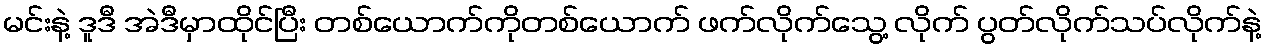
မင်းနဲ့ ဒူဒီ အဲဒီမှာထိုင်ပြီး တစ်ယောက်ကိုတစ်ယောက် ဖက်လိုက်သွေ့ လိုက် ပွတ်လိုက်သပ်လိုက်နဲ့